Lunatic asylums Burma 1907-21 - 1907-1921
Year: 1907
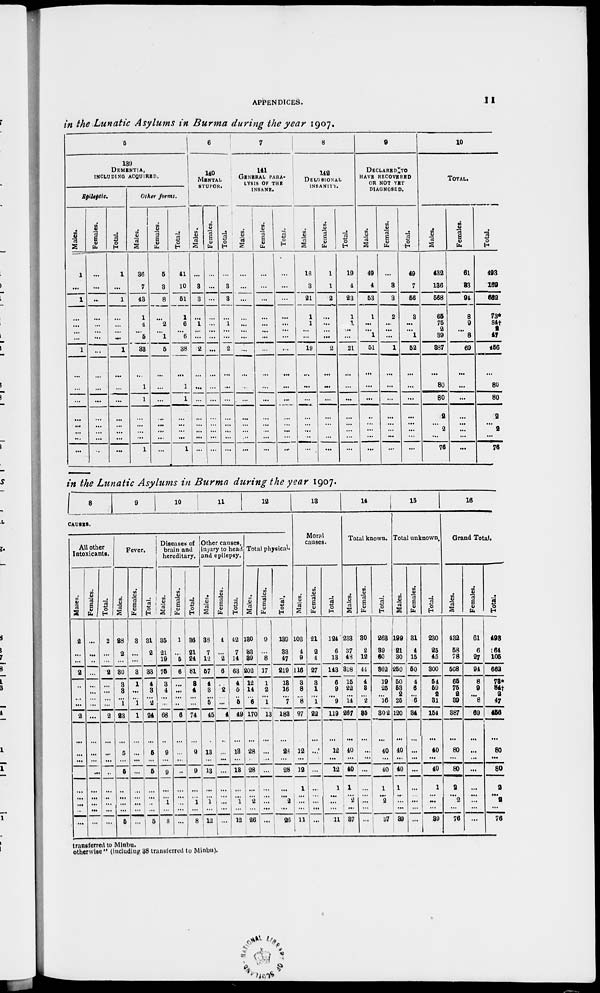
APPENDICES.
11
in the Lunatic Asylums in Burma during the year 1907.
5
139
DEMENTIA,
INCLUDING ACQUIRED.
Epilspitc.
Males.
1
...
1
...
...
...
...
1
...
...
...
...
...
...
...
...
Females.
...
...
...
...
...
...
...
...
...
...
...
...
...
...
...
Total.
1
...
1
...
...
...
...
1
...
...
...
...
...
...
...
...
Other forms.
Males.
36
7
43
1
4
...
5
33
...
1
1
...
...
...
...
1
Females.
5
3
8
...
2
...
1
5
...
...
...
...
...
...
...
...
Total.
41
10
51
1
6
...
6
38
...
1
1
...
...
...
...
1
6
140
MENTAL
STUPOR.
Males.
...
3
3
...
1
...
...
2
...
...
...
...
...
...
...
...
Females.
...
...
...
...
...
...
...
...
...
1
...
...
...
...
...
...
Total.
...
3
3
...
1
...
...
2
...
...
...
...
...
...
...
...
7
141
GENRAL PARA-
LYSIS OF THE
INSANE.
Males.
...
...
...
...
...
...
...
...
...
...
...
...
...
...
..
...
Females.
...
...
...
...
...
...
...
...
...
...
...
...
...
...
...
...
Total.
...
...
...
...
...
...
...
...
...
...
...
...
...
...
...
...
8
142
DELDSIONAL
INSANITY.
Males.
18
3
21
1
1
...
...
10
...
...
...
...
...
...
...
...
Females.
1
1
2
...
...
...
...
2
...
...
...
...
...
...
...
...
Total.
19
4
23
1
1
...
...
21
...
...
...
...
...
...
...
...
9
DlCLARED TO
HAVE RECOVERED
OR NOT YET
DIAGNOSED.
Males.
49
4
53
1
...
...
1
51
...
...
...
..
...
...
...
...
Females.
...
3
3
2
...
...
...
1
...
...
...
...
...
...
...
...
Total.
49
7
56
3
...
...
1
52
...
...
...
...
...
...
...
...
10
TOTAL.
Males.
432
136
568
65
75
2
39
387
...
80
80
2
... 2
...
76
Females.
61
33
94
8
9
...
8
69
...
...
...
...
...
...
...
...
Total.
493
169
662
73*
84† 2
47
456
...
80
80
2
... 2
...
76
in the Lunatic Asylums in Burma during the year 1907.
8 9 10 11 12
CAUSES.
All other
Intoxicants.
Males.
2
...
...
2
...
...
...
...
2
...
...
...
...
...
...
...
...
...
Females.
...
...
..
...
...
...
...
...
...
...
...
...
...
...
...
...
...
...
Total.
2
...
...
2
...
...
...
...
2
...
...
...
..
...
...
...
...
...
Fever.
Males.
28
2
...
30
3
3
...
1
23
...
5
...
5
.. ...
...
...
5
Females.
3
...
...
.
1
...
...
1
1
...
...
...
...
... ...
...
...
...
Total.
31
2
...
33
4
3
...
2
24
...
5
...
5
...
...
...
...
5
Diseases of
brain and
hereditary.
Males.
35
21
19
75
3
4
...
...
68
...
9
...
9
...
...
1
...
8
Females.
1
...
5
6
...
...
...
..
6
...
...
..
...
...
...
...
...
...
Total.
36
21
24
81
3
4
...
..
74
...
9
...
9
...
...
1
...
8
Other causes,
injury to head
and epilepsy.
Males.
38
7
12
57
4
3
...
5
45
...
13
...
13
...
...
1
...
12
Females.
4
...
2
6
...
2
...
...
4
...
...
...
...
...
...
...
...
...
Total.
42
7
14
63
4
5
...
5
49
...
13
...
13
...
...
1
...
12
Total physical.
Males.
180
33
89
202
12
14
...
6
170
...
28
...
28
...
...
2
...
26
Females.
9
...
8
17
1
2
...
1
13
...
...
...
...
...
...
...
...
...
Total.
139
33
47
219
13
16
...
7
188
...
28
...
28
...
...
2
...
26
13
Moral
causes.
Males.
103
4
9
116
3
8
...
8
97
...
12
...
12
1
...
...
...
11
Females.
21
2
4
27
3
1
...
1
22
...
...
...
...
...
...
...
...
...
Total.
124
6
13
143
6
9
...
9
119
...
12
...
12
1
...
...
...
1 1
14
Total known.
Males.
233
37
48
318
15
22
...
14
267
...
40
...
40
1
...
2
...
37
Females.
30
2
12
41
4
3
..
2
35
...
...
...
...
...
...
...
...
...
Total.
263
39
60
362
19
25
...
16
302
...
40
...
40
1
...
2
...
37
15
Total unknown.
Males.
199
21
30
250
50
53
2
25
120
...
40
...
40
1
..
...
...
39
Females.
31
4
15
50
4
6
...
6
84
...
...
...
...
...
...
...
...
...
Total.
230
25
45
300
54
59
2
31
154
...
40
...
40
1
...
...
...
39
16
Grand Total.
Males.
432
58
78
568
65
75
2
39
387
...
80
...
80
2
...
2
...
76
Females.
61
6
27
94
8
9
...
8
69
...
...
...
...
...
...
...
...
...
Total.
498
64
105
662
78*
84†
2
47
456
...
80
...
80
2
...
2
...
76
transferred to Minbu.
otherwise" (including 38 transferred to Minbu).